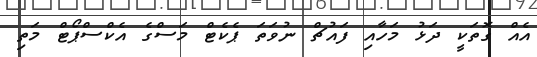
އެއް ގޮތަކީ ދަޅު މަހާއި ފައުޗް ނުވަތަ ޕެކެޓް މަސްގެ އެކްސްޕޯޓް މަތި